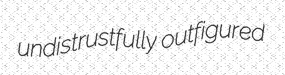
undistrustfully outfigured